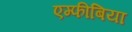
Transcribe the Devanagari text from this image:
एम्फीबिया